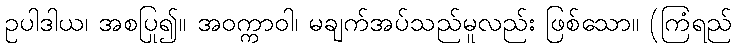
ဥပါဒါယ၊ အစပြု၍။ အဝက္ကာဝါ၊ မချက်အပ်သည်မူလည်း ဖြစ်သော။ (ကြံရည်